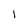
Character: 1